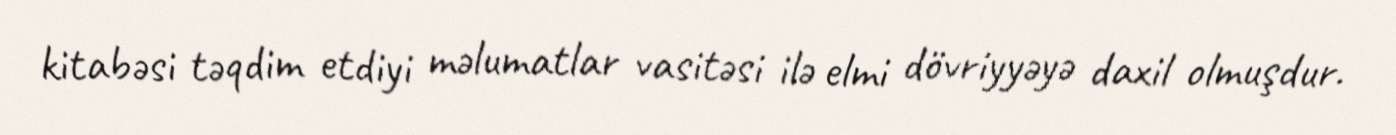
kitabəsi təqdim etdiyi məlumatlar vasitəsi ilə elmi dövriyyəyə daxil olmuşdur.